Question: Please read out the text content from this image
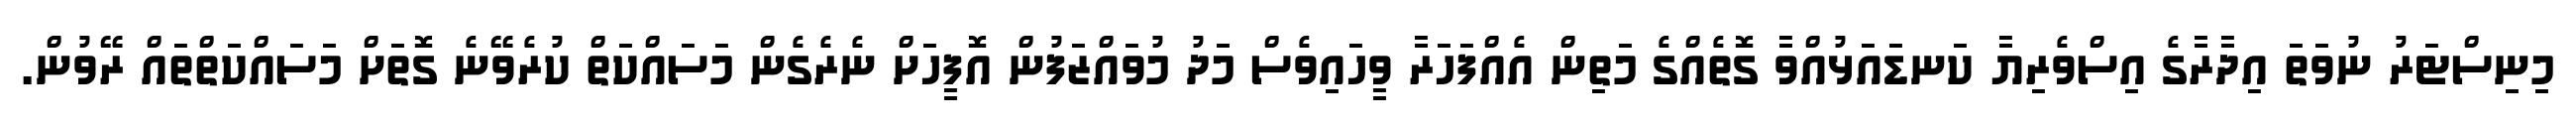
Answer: މިނިސްޓަރު ނުވަތަ އިދާރާގެ އިސްވެރިޔާ ކަނޑައަޅުއްވާ ގޮތެއްގެ މަތިން އެއްފަހަރާ ވީހައިވެސް މަދު މުވައްޒަފުން އޮފީހަށް ނެރެގެން މަސައްކަތް ކުރެވޭނެ ގޮތަށް މަސައްކަތްތައް ރޭވުން.